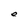
Character: e